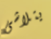
يتلاشى